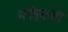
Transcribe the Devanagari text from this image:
मनोर्‍याची